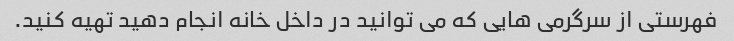
فهرستی از سرگرمی هایی که می توانید در داخل خانه انجام دهید تهیه کنید.